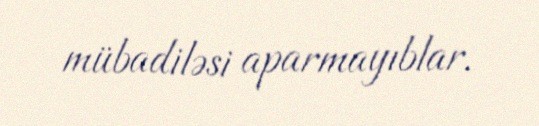
mübadiləsi aparmayıblar.